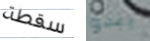
سقطة يبدو